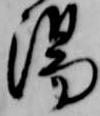
湯